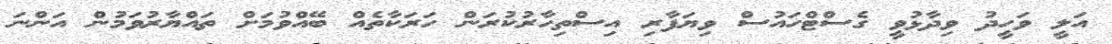
އަލީ ވަހީދު ވިދާޅުވީ ގެސްޓްހައުސް ވިޔަފާރި އިސްތިހާރުކުރަން ހަރަކާތެއް ބޭއްވުމަށް ތައްޔާރުވަމުން އަންނަ